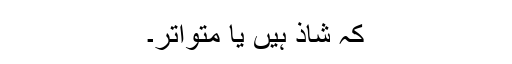
کہ شاذ ہیں یا متواتر۔